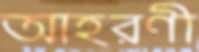
আহরণী